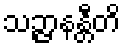
သဉ္ဇာနန္တီတိ